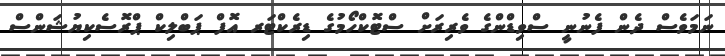
ނަމަވެސް ދެން ފެނުނީ ސްވިޑްންގެ ވެރިރަށް ސްޓޮކްހޯމުގެ ޑިރެކްޓަރ އޮފް ޕަބްލިކް ޕްރޮސެކިޔުޝަންސް